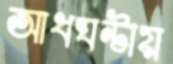
আধঘণ্টায়